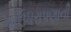
ખાઉધરાપણાની